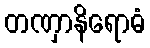
တဏှာနိရောဓံ